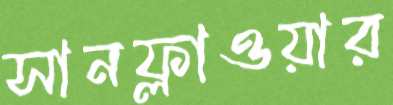
সানফ্লাওয়ার